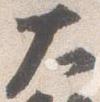
大